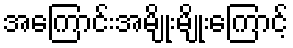
အကြောင်းအမျိုးမျိုးကြောင့်